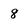
Character: 8